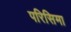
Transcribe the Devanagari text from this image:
परिसिमा